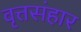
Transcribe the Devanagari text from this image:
वृत्तसंहार